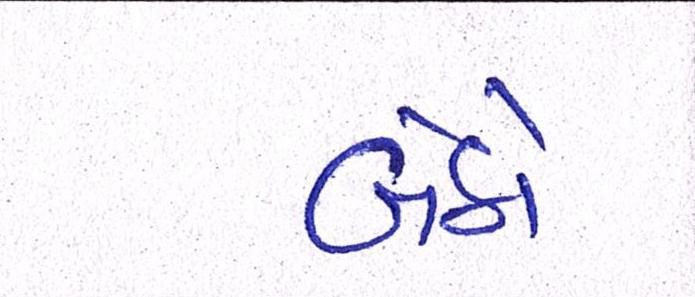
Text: બેઠો